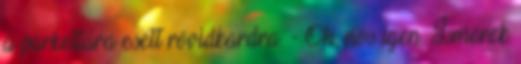
a parkettára esett rövidkardra. - Oh, nos igen. Ismerek